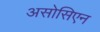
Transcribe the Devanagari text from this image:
असोसिएन